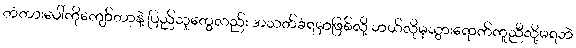
တံတားပေါ်ကိုကျော်တာနဲ့ ပြည်သူတွေလည်း အသတ်ခံရမှာဖြစ်လို့ ဘယ်လိုမှသွားရောက်ကူညီလို့မရဘဲ